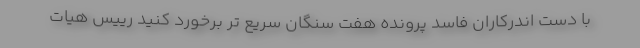
با دست اندرکاران فاسد پرونده هفت سنگان سریع تر برخورد کنید رییس هیات